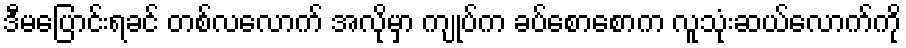
ဒီမပြောင်းရခင် တစ်လလောက် အလိုမှာ ကျုပ်က ခပ်စောစောက လူသုံးဆယ်လောက်ကို